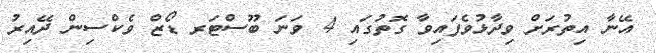
އޭނާ އިތުރަށް ވިދާޅުވެފައިވާ ގޮތުގައި 4 ވަނަ ބޫސްޓަރ ޑޯޒް ވެކްސިން ދޭއިރު